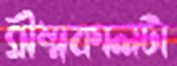
গ্রীষ্মকালটা